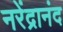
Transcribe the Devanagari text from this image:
नरेंद्रानंद